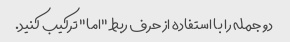
دو جمله را با استفاده از حرف ربط "اما" ترکیب کنید.